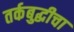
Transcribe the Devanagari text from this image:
तर्कबुद्धीचा